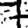
Digit: 7